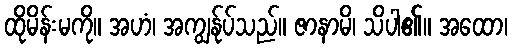
ထိုမိန်းမကို။ အဟံ၊ အကျွန်ုပ်သည်။ ဇာနာမိ၊ သိပါ၏။ အထော၊